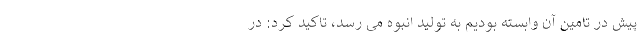
پیش در تامین آن وابسته بودیم به تولید انبوه می رسد، تاکید کرد: در